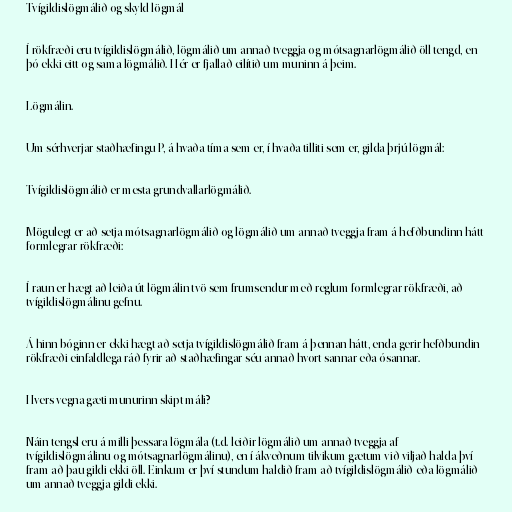
Tvígildislögmálið og skyld lögmál

Í rökfræði eru tvígildislögmálið, lögmálið um annað tveggja og mótsagnarlögmálið öll tengd, en
þó ekki eitt og sama lögmálið. Hér er fjallað eilítið um muninn á þeim.

Lögmálin.

Um sérhverjar staðhæfingu P, á hvaða tíma sem er, í hvaða tilliti sem er, gilda þrjú lögmál:

Tvígildislögmálið er mesta grundvallarlögmálið.

Mögulegt er að setja mótsagnarlögmálið og lögmálið um annað tveggja fram á hefðbundinn hátt
formlegrar rökfræði:

Í raun er hægt að leiða út lögmálin tvö sem frumsendur með reglum formlegrar rökfræði, að
tvígildislögmálinu gefnu.

Á hinn bóginn er ekki hægt að setja tvígildislögmálið fram á þennan hátt, enda gerir hefðbundin
rökfræði einfaldlega ráð fyrir að staðhæfingar séu annað hvort sannar eða ósannar.

Hvers vegna gæti munurinn skipt máli?

Náin tengsl eru á milli þessara lögmála (t.d. leiðir lögmálið um annað tveggja af
tvígildislögmálinu og mótsagnarlögmálinu), en í ákveðnum tilvikum gætum við viljað halda því
fram að þau gildi ekki öll. Einkum er því stundum haldið fram að tvígildislögmálið eða lögmálið
um annað tveggja gildi ekki.